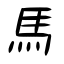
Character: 馬